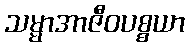
သမ္မာအာဇီဝပစ္စယာ